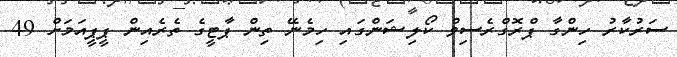
ސަރުކާރު ހިންގާ ޕްރޮގްރެސިވް ކޯލިޝަންގައި ހިމެނޭ ތިން ޕާޓީގެ ތެރެއިން ޕީޕީއަމަށް 49